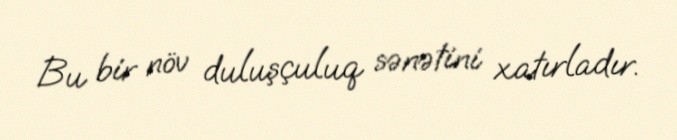
Bu bir növ duluşçuluq sənətini xatırladır.